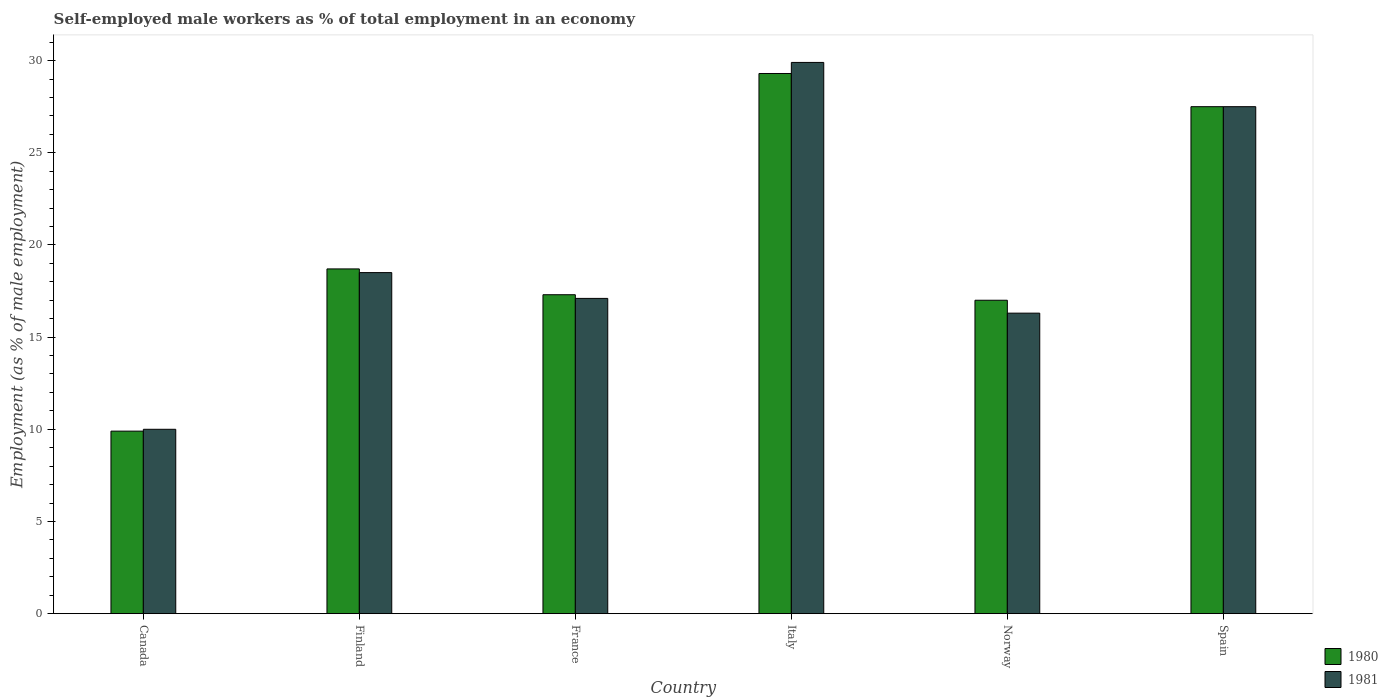
| Country | 1980 | 1981 |
 | --- | --- | --- |
 | Canada | 9.9 | 10 |
 | Finland | 18.7 | 18.5 |
 | France | 17.3 | 17.1 |
 | Italy | 29.3 | 29.9 |
 | Norway | 17 | 16.3 |
 | Spain | 27.5 | 27.5 |